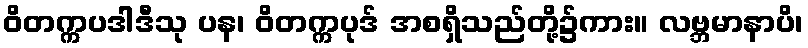
ဝိတက္ကပဒါဒီသု ပန၊ ဝိတက္ကပုဒ် အစရှိသည်တို့၌ကား။ လဗ္ဘမာနာပိ၊